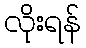
လိုးရန်